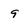
Character: 9